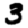
Digit: 3